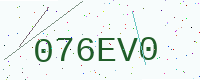
Text: 076EV0